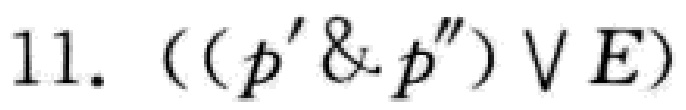
11. $((p' \& p'') \vee E)$